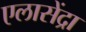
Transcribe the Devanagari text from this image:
एलासेंद्रा